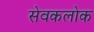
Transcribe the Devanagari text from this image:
सेवकलोक